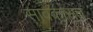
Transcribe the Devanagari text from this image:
सावकारांत